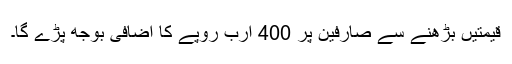
قیمتیں بڑھنے سے صارفین پر 400 ارب روپے کا اضافی بوجھ پڑے گا۔